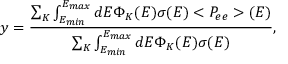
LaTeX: y = \frac { \sum _ { K } \int _ { E _ { m i n } } ^ { E _ { m a x } } d E \Phi _ { K } ( E ) \sigma ( E ) < P _ { e e } > ( E ) } { \sum _ { K } \int _ { E _ { m i n } } ^ { E _ { m a x } } d E \Phi _ { K } ( E ) \sigma ( E ) } ,